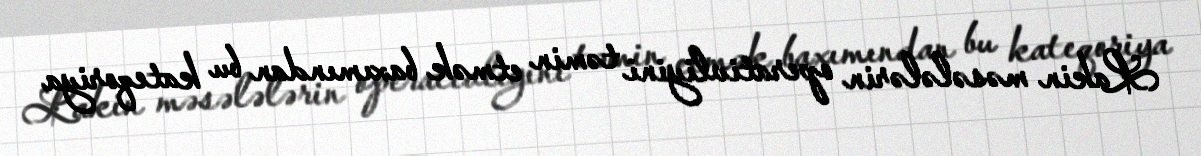
Lakin məsələlərin operativliyini təmin etmək baxımından bu kateqoriya